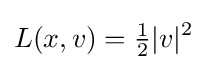
L(x,v)={\tfrac {1}{2}}|v|^{2}